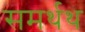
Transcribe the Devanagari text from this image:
समर्थथ